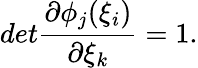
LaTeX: det\frac{\partial\phi_{j}(\xi_{i})}{\partial\xi_{k}}=1.